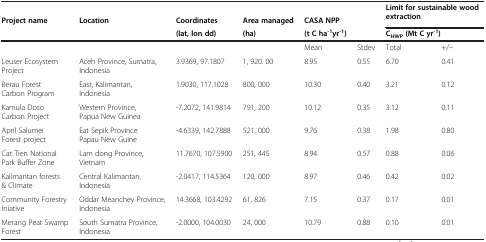
<table><thead><tr><td><b> </b></td><td><b> </b></td><td><b> </b></td><td><b> </b></td><td><b> </b></td><td><b> </b></td><td rowspan="2" colspan="2"><b>Limit for sustainable wood extraction</b></td></tr><tr><td><b>Project name</b></td><td><b>Location</b></td><td><b>Coordinates</b></td><td><b>Area managed</b></td><td><b>CASA NPP</b></td><td><b> </b></td></tr><tr><td><b> </b></td><td><b> </b></td><td><b>(lat, lon dd)</b></td><td><b>(ha)</b></td><td><b>(t C ha<sup>-1</sup>yr<sup>-1</sup>)</b></td><td><b> </b></td><td colspan="2"><b>C<sub>HWP </sub>(Mt C yr<sup>-1</sup>)</b></td></tr></thead><tbody><tr><td> </td><td> </td><td> </td><td> </td><td>Mean</td><td>Stdev</td><td>Total</td><td>+/−</td></tr><tr><td>Leuser Ecosystem Project</td><td>Aceh Province, Sumatra, Indonesia</td><td>3.9369, 97.1807</td><td>1, 920. 00</td><td>8.95</td><td>0.55</td><td>6.70</td><td>0.41</td></tr><tr><td>Berau Forest Carbon Program</td><td>East, Kalimantan, Indonesia</td><td>1.9030, 117.1028</td><td>800, 000</td><td>10.30</td><td>0.40</td><td>3.21</td><td>0.12</td></tr><tr><td>Kamula Doso Carbon Project</td><td>Western Province, Papua New Guinea</td><td>-7.2072, 141.9814</td><td>791, 200</td><td>10.12</td><td>0.35</td><td>3.12</td><td>0.11</td></tr><tr><td>April Salumei Forest project</td><td>Eat Sepik Province Papau New Guine</td><td>-4.6339, 142.7888</td><td>521, 000</td><td>9.76</td><td>0.38</td><td>1.98</td><td>0.80</td></tr><tr><td>Cat Tien National Park Buffer Zone</td><td>Lam dong Province, Vietnam</td><td>11.7670, 107.5900</td><td>251, 445</td><td>8.94</td><td>0.57</td><td>0.88</td><td>0.06</td></tr><tr><td>Kalimantan forests &amp; Climate</td><td>Central Kalimantan, Indonesia</td><td>-2.0417, 114.5364</td><td>120, 000</td><td>8.97</td><td>0.46</td><td>0.42</td><td>0.02</td></tr><tr><td>Community Forestry Iniative</td><td>Oddar Meanchey Province, Indonesia</td><td>14.3668, 103.4292</td><td>61, 826</td><td>7.15</td><td>0.37</td><td>0.17</td><td>0.01</td></tr><tr><td>Merang Peat Swamp Forest</td><td>South Sumatra Province, Indonesia</td><td>-2.0000, 104.0030</td><td>24, 000</td><td>10.79</td><td>0.88</td><td>0.10</td><td>0.01</td></tr></tbody></table>